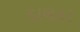
ડાલકર